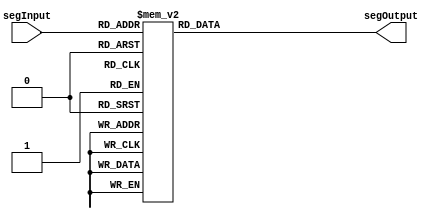
// ECE6370
// Seven Segment Decoder.
// Decodes the input and gives the output as a number or letter depending on the input 

module sevenSeg(segInput, segOutput);
  input [3:0] segInput;
  output [6:0] segOutput;
  reg [6:0] segOutput;
  
  always @ (segInput)
    begin
	case(segInput)
	  4'b0000:begin segOutput = 7'b100_0000; end
	  4'b0001:begin segOutput = 7'b111_1001; end
	  4'b0010:begin segOutput = 7'b010_0100; end
	  4'b0011:begin segOutput = 7'b011_0000; end
	  4'b0100:begin segOutput = 7'b001_1001; end
	  4'b0101:begin segOutput = 7'b001_0010; end
	  4'b0110:begin segOutput = 7'b000_0010; end
	  4'b0111:begin segOutput = 7'b111_1000; end
	  4'b1000:begin segOutput = 7'b000_0000; end
	  4'b1001:begin segOutput = 7'b001_1000; end
	  4'b1010:begin segOutput = 7'b000_1000; end
	  4'b1011:begin segOutput = 7'b000_0011; end
	  4'b1100:begin segOutput = 7'b100_0110; end
	  4'b1101:begin segOutput = 7'b010_0001; end
	  4'b1110:begin segOutput = 7'b000_0110; end
	  4'b1111:begin segOutput = 7'b000_1110; end
	  default:begin segOutput = 7'b111_1111; end
	endcase
    end
endmodule